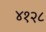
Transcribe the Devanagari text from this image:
४१२८